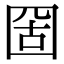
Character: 𡇣